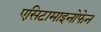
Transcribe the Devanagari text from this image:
एसिटामाइनोफेन